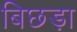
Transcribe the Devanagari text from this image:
बिछड़ा